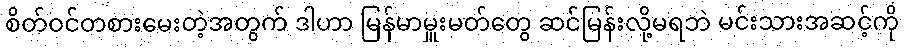
စိတ်ဝင်တစားမေးတဲ့အတွက် ဒါဟာ မြန်မာမှူးမတ်တွေ ဆင်မြန်းလို့မရဘဲ မင်းသားအဆင့်ကို